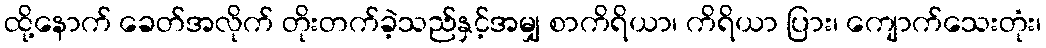
ထို့နောက် ခေတ်အလိုက် တိုးတက်ခဲ့သည်နှင့်အမျှ စာကိရိယာ၊ ကိရိယာ ပြား၊ ကျောက်သေးတုံး၊